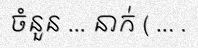
ចំនួន ... នាក់ ( ... .